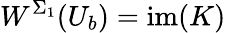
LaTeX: W^{\Sigma_{1}}(U_{b})=\mathrm{im}(K)